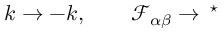
k \rightarrow - k , \qquad \mathcal { F } _ { \alpha \beta } \rightarrow \, ^ { \star }